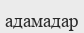
адамадар